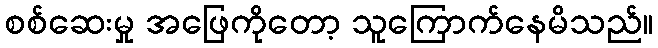
စစ်ဆေးမှု အဖြေကိုတော့ သူကြောက်နေမိသည်။